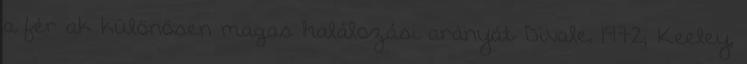
a férﬁak különösen magas halálozási arányát Divale, 1972; Keeley,